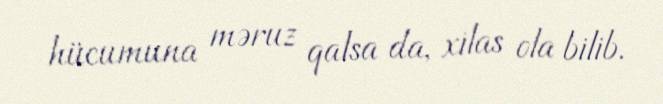
hücumuna məruz qalsa da, xilas ola bilib.